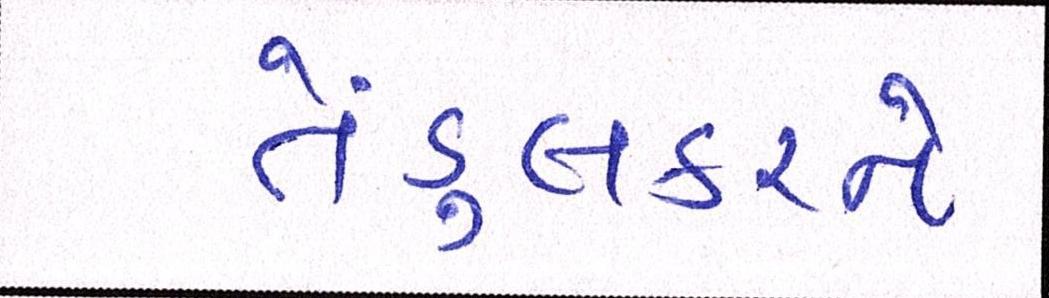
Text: તેંડુલકરને